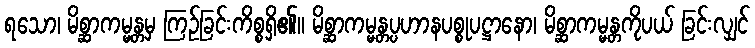
ရသော၊ မိစ္ဆာကမ္မန္တမှ ကြဉ်ခြင်းကိစ္စရှိ၏။ မိစ္ဆာကမ္မန္တပ္ပဟာနပစ္စုပဋ္ဌာနော၊ မိစ္ဆာကမ္မန္တကိုပယ် ခြင်းလျှင်